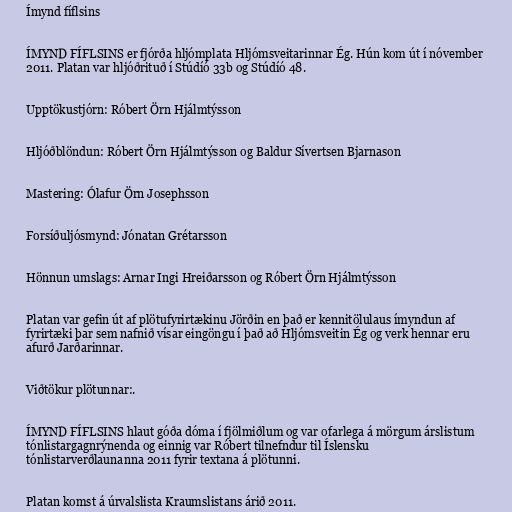
Ímynd fíflsins

ÍMYND FÍFLSINS er fjórða hljómplata Hljómsveitarinnar Ég. Hún kom út í nóvember
2011. Platan var hljóðrituð í Stúdíó 33b og Stúdíó 48.

Upptökustjórn: Róbert Örn Hjálmtýsson

Hljóðblöndun: Róbert Örn Hjálmtýsson og Baldur Sívertsen Bjarnason

Mastering: Ólafur Örn Josephsson

Forsíðuljósmynd: Jónatan Grétarsson

Hönnun umslags: Arnar Ingi Hreiðarsson og Róbert Örn Hjálmtýsson

Platan var gefin út af plötufyrirtækinu Jörðin en það er kennitölulaus ímyndun af
fyrirtæki þar sem nafnið vísar eingöngu í það að Hljómsveitin Ég og verk hennar eru
afurð Jarðarinnar.

Viðtökur plötunnar:.

ÍMYND FÍFLSINS hlaut góða dóma í fjölmiðlum og var ofarlega á mörgum árslistum
tónlistargagnrýnenda og einnig var Róbert tilnefndur til Íslensku
tónlistarverðlaunanna 2011 fyrir textana á plötunni.

Platan komst á úrvalslista Kraumslistans árið 2011.